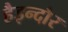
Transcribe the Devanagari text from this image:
हैइन्दौर